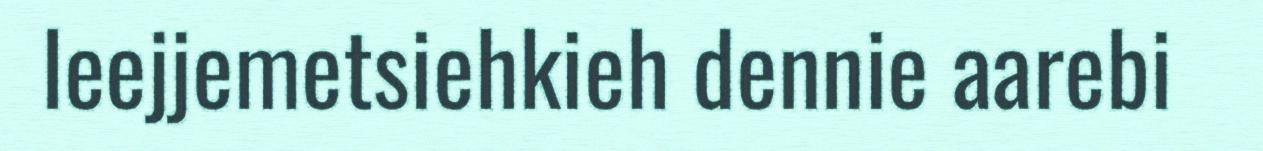
leejjemetsiehkieh dennie aarebi